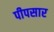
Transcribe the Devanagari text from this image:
पीपसार